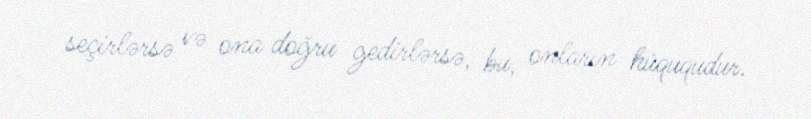
seçirlərsə və ona doğru gedirlərsə, bu, onların hüququdur.